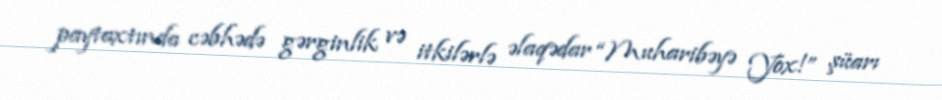
paytaxtında cəbhədə gərginlik və itkilərlə əlaqədar “Muharibəyə Yox!” şüarı